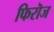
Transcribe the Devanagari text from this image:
फिरॊज